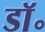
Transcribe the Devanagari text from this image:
डाॅ॰